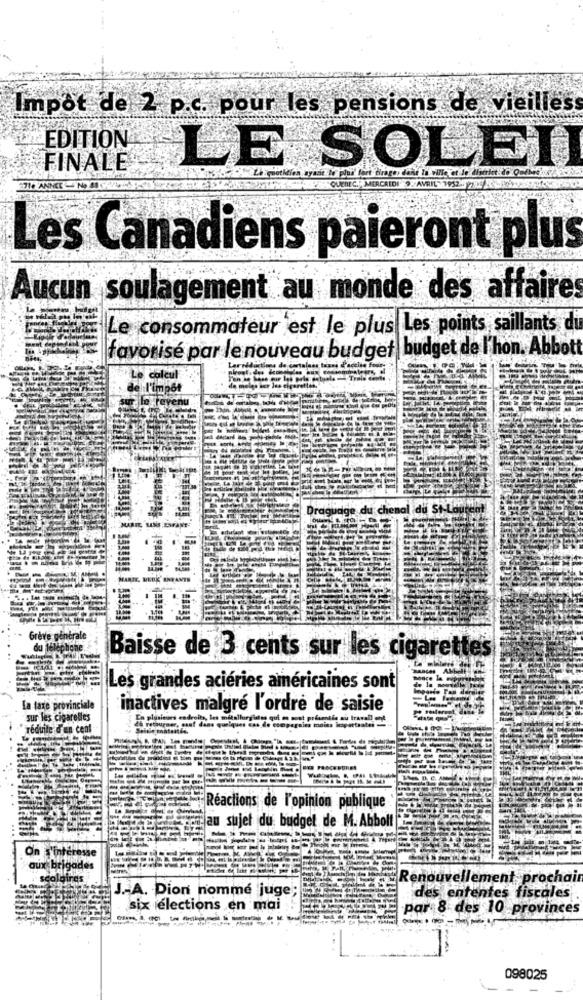
Impôt de 2 p.c. pour les pensions de vieilles
EDITION
FINALE
LE SOLEIL
&AVRIL".79
2716 ANNCE NO 49
EnEC ., MERCREDI
Les Canadiens paieront plus
Aucun soulagement au monde des affaires
Le consommateur est le plus Les points saillants du
favorisé par le nouveau budget|budget de l'hon. Abbott
Le calcul
de l'impôt
le revenu.
Draguage du chenal du St-Lauren
Grève générale
du téléphon
Baisse de 3 cents sur les cigarettes
Les grandes aciéries américaines sont
La taxe provinciale
inactives malgré l'ordre de saisie
sur les cigaretles
réduite d'en cent
ques cas de compagaina moins itspartanoei
PAN
Réactions de l'opinion publique
au sujet du budget de M. Abbolt
On s'intéresse
aux brigades
scolaires
Renouvellement prochain
J.A. Dion nomme juge
des ententes fiscales
six élections en mai
par 8 des 10 provinces
098025